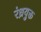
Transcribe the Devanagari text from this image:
रंध्रयुक्त